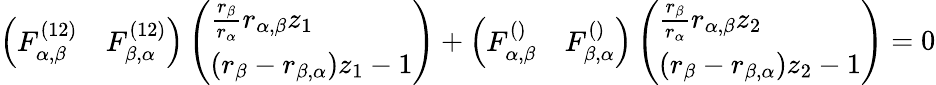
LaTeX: \left(\begin{array}{ll}{F_{\alpha,\beta}^{(12)}}&{F_{\beta,\alpha}^{(12)}}\end{array}\right)\left(\begin{array}{l}{\frac{r_{\beta}}{r_{\alpha}}r_{\alpha,\beta}z_{1}}\\ {(r_{\beta}-r_{\beta,\alpha})z_{1}-1}\end{array}\right)+\left(\begin{array}{ll}{F_{\alpha,\beta}^{()}}&{F_{\beta,\alpha}^{()}}\end{array}\right)\left(\begin{array}{l}{\frac{r_{\beta}}{r_{\alpha}}r_{\alpha,\beta}z_{2}}\\ {(r_{\beta}-r_{\beta,\alpha})z_{2}-1}\end{array}\right)=0